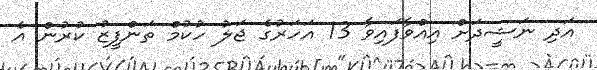
އަދި ނަޝީދަށް އިއްވާފައިވާ 13 އަހަރުގެ ޖަލު ހުކުމް ތަންފީޒު ކުރުން އެ